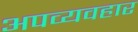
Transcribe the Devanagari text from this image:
अपव्यवहार